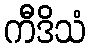
ကီဒိသံ